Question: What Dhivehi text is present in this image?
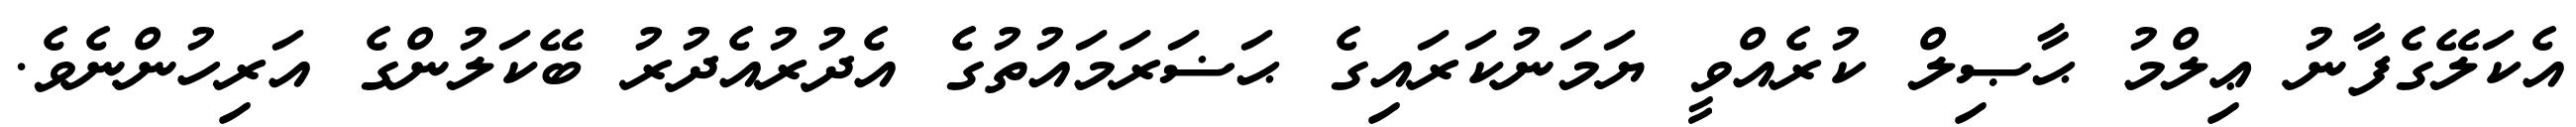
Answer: އެކަލޭގެފާނު ޢިލްމު ޙާޞިލް ކުރެއްވީ ޔަމަނުކަރައިގެ ޙަޟަރަމައުތުގެ އެދުރުއެދުރު ބޭކަލުންގެ އަރިހުންނެވެ.